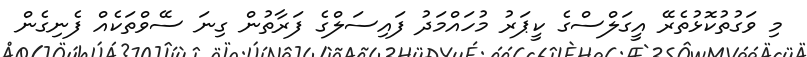
މި ވަގުތުކޮޅުތެރޭ އީގަލްސްގެ ކީޕަރު މުހައްމަދު ފައިސަލްގެ ފަރާތުން ގިނަ ސޭވްތަކެއް ފެނިގެން